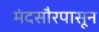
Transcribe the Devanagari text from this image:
मंदसौरपासून